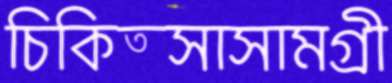
চিকিত্সাসামগ্রী